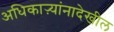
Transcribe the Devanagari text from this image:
अधिकाऱ्यांनादेखील